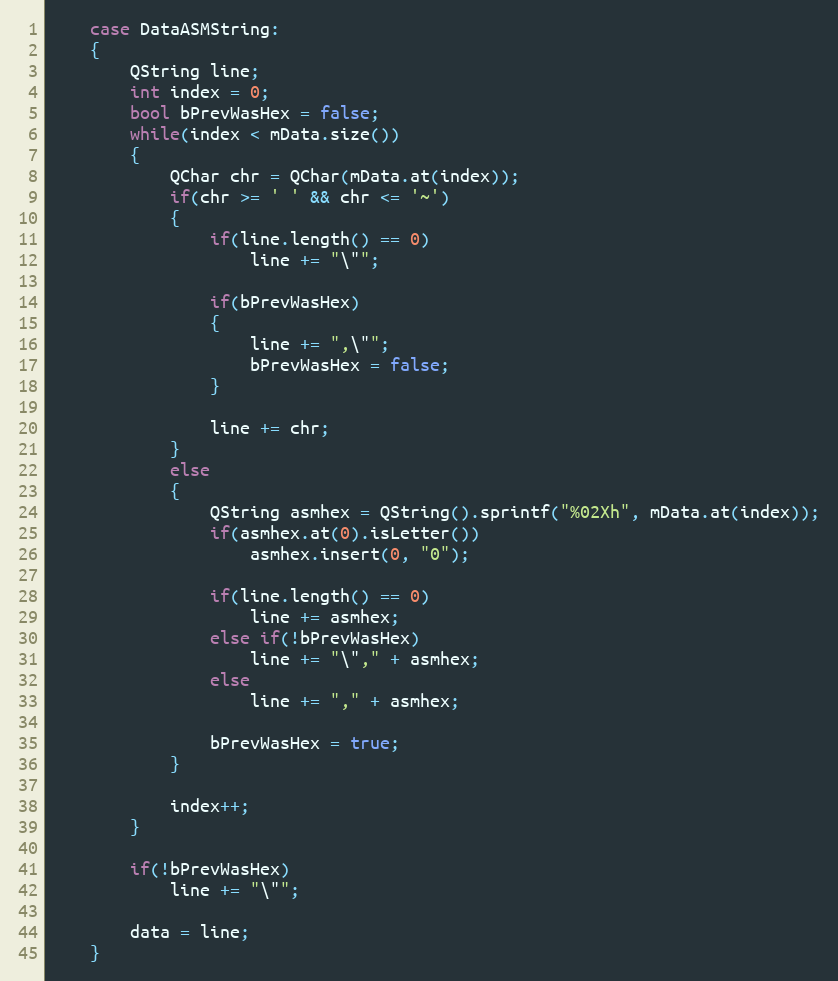
Language: C++
    case DataASMString:
    {
        QString line;
        int index = 0;
        bool bPrevWasHex = false;
        while(index < mData.size())
        {
            QChar chr = QChar(mData.at(index));
            if(chr >= ' ' && chr <= '~')
            {
                if(line.length() == 0)
                    line += "\"";

                if(bPrevWasHex)
                {
                    line += ",\"";
                    bPrevWasHex = false;
                }

                line += chr;
            }
            else
            {
                QString asmhex = QString().sprintf("%02Xh", mData.at(index));
                if(asmhex.at(0).isLetter())
                    asmhex.insert(0, "0");

                if(line.length() == 0)
                    line += asmhex;
                else if(!bPrevWasHex)
                    line += "\"," + asmhex;
                else
                    line += "," + asmhex;

                bPrevWasHex = true;
            }

            index++;
        }

        if(!bPrevWasHex)
            line += "\"";

        data = line;
    }